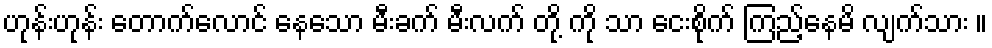
ဟုန်းဟုန်း တောက်လောင် နေသော မီးခက် မီးလက် တို့ ကို သာ ငေးစိုက် ကြည့်နေမိ လျက်သား ။